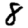
Digit: 8